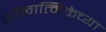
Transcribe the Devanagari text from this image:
शोकात्मिकेच्या